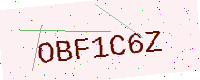
Text: OBF1C6Z